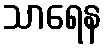
သာရေန